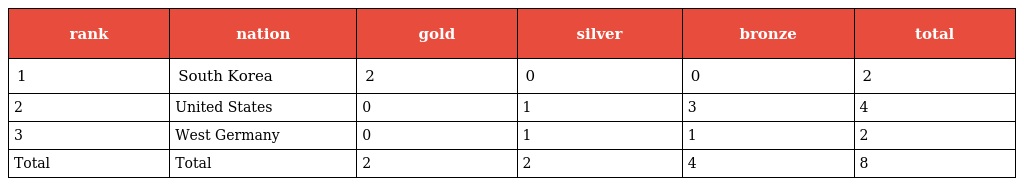
| rank | nation | gold | silver | bronze | total |
 | --- | --- | --- | --- | --- | --- |
 | 1 | South Korea | 2 | 0 | 0 | 2 |
 | 2 | United States | 0 | 1 | 3 | 4 |
 | 3 | West Germany | 0 | 1 | 1 | 2 |
 | Total | Total | 2 | 2 | 4 | 8 |